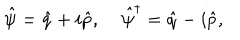
\hat { \psi } = \hat { q } + i \hat { p } , \; \hat { \psi } ^ { \dagger } = \hat { q } - i \hat { p } ,